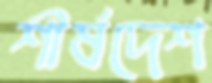
শীর্ষদেশ